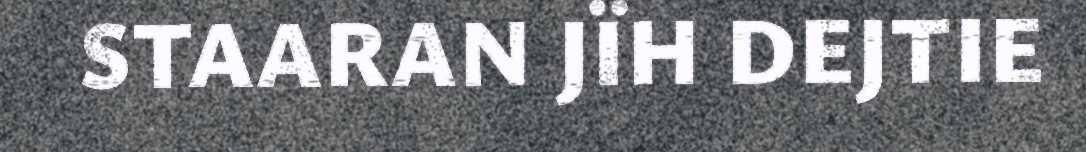
STAARAN JÏH DEJTIE